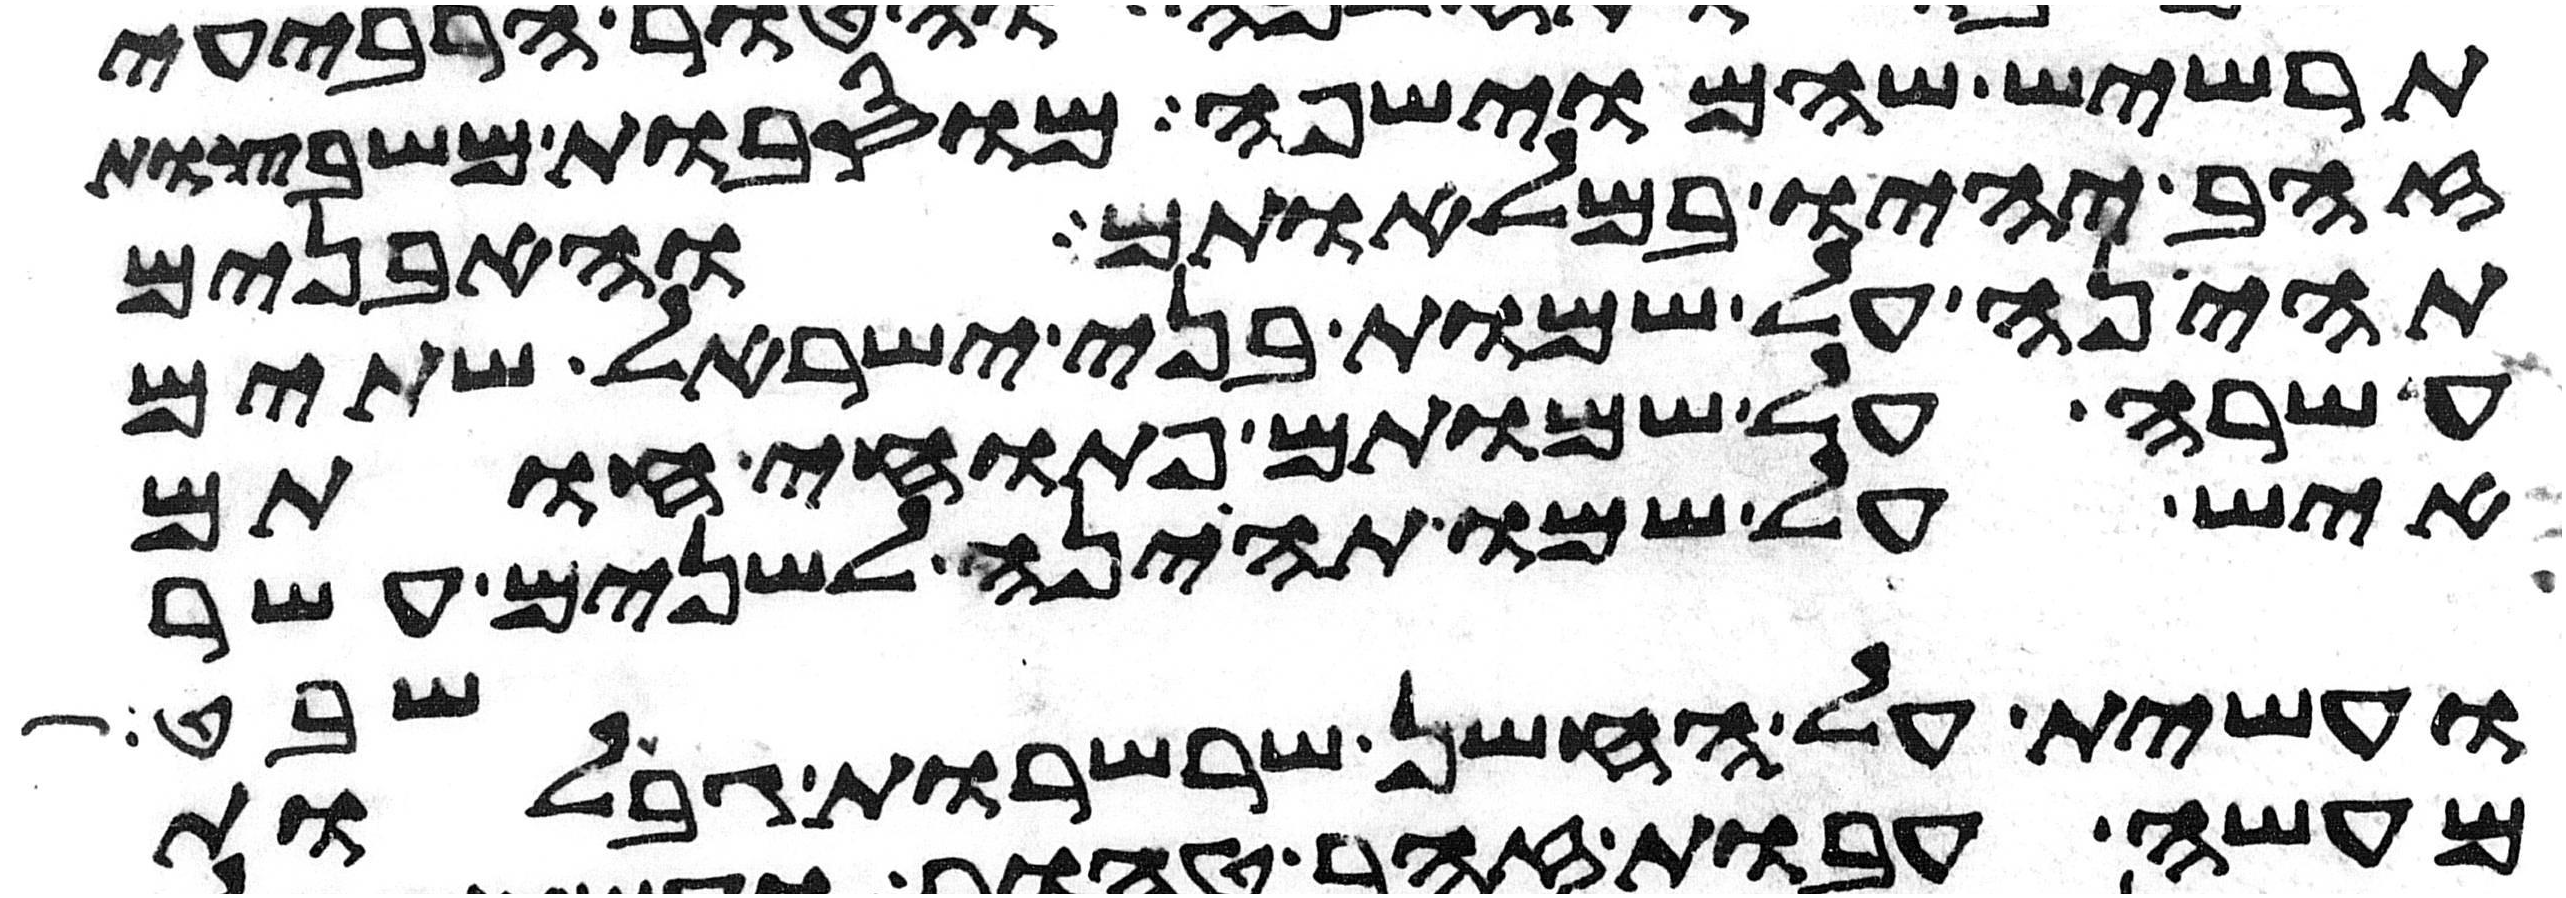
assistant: תרשיש שהם וישפה מוסבות משבצות
זהב יהיו במלאותם והאבנים
תהיינה על שמות בני ישראל שתים
עשרה על שמותם פתוחי חותם
איש על שמו תהינה לשנים עשר
שבט
ועשית על החשן שרשרות גבלות